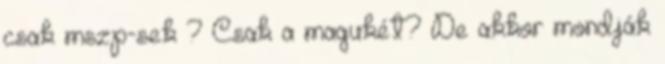
csak mszp-sek ? Csak a magukét? De akkor mondják